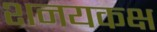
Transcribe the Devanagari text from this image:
शनयकक्ष